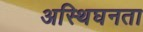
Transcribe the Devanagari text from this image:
अस्थिघनता